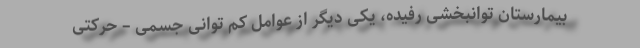
بیمارستان توانبخشی رفیده، یکی دیگر از عوامل کم توانی جسمی – حرکتی